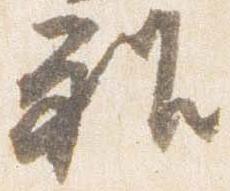
雅